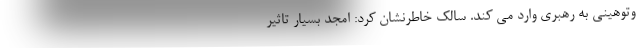
وتوهینی به رهبری وارد می کند. سالک خاطرنشان کرد: امجد بسیار تاثیر